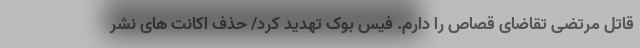
قاتل مرتضی تقاضای قصاص را دارم. فیس بوک تهدید کرد/ حذف اکانت های نشر